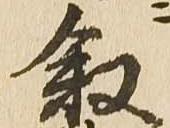
叙